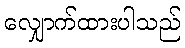
လျှောက်ထားပါသည်